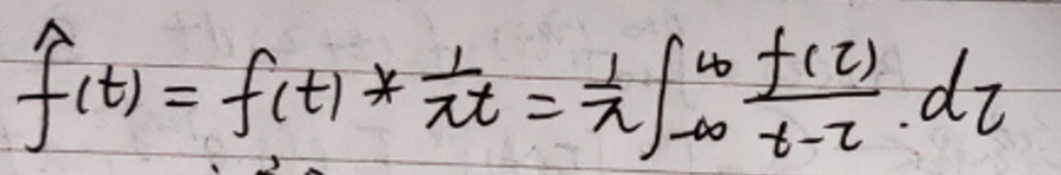
\[
\hat{f}(t)=f(t)*\frac{1}{\pi t}=\frac{1}{\pi}\int_{-\infty}^{\infty}\frac{f(\tau)}{t - \tau}\,d\tau
\]